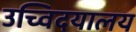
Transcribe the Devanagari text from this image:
उच्विदयालय